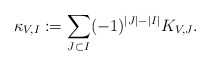
\begin{align*}\kappa_{V,I}:=\sum_{J\subset I}(-1)^{|J|-|I|}K_{V,J}.\end{align*}